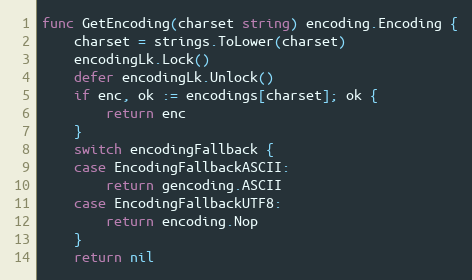
Language: Go
func GetEncoding(charset string) encoding.Encoding {
	charset = strings.ToLower(charset)
	encodingLk.Lock()
	defer encodingLk.Unlock()
	if enc, ok := encodings[charset]; ok {
		return enc
	}
	switch encodingFallback {
	case EncodingFallbackASCII:
		return gencoding.ASCII
	case EncodingFallbackUTF8:
		return encoding.Nop
	}
	return nil